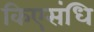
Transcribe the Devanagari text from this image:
किएसंधि